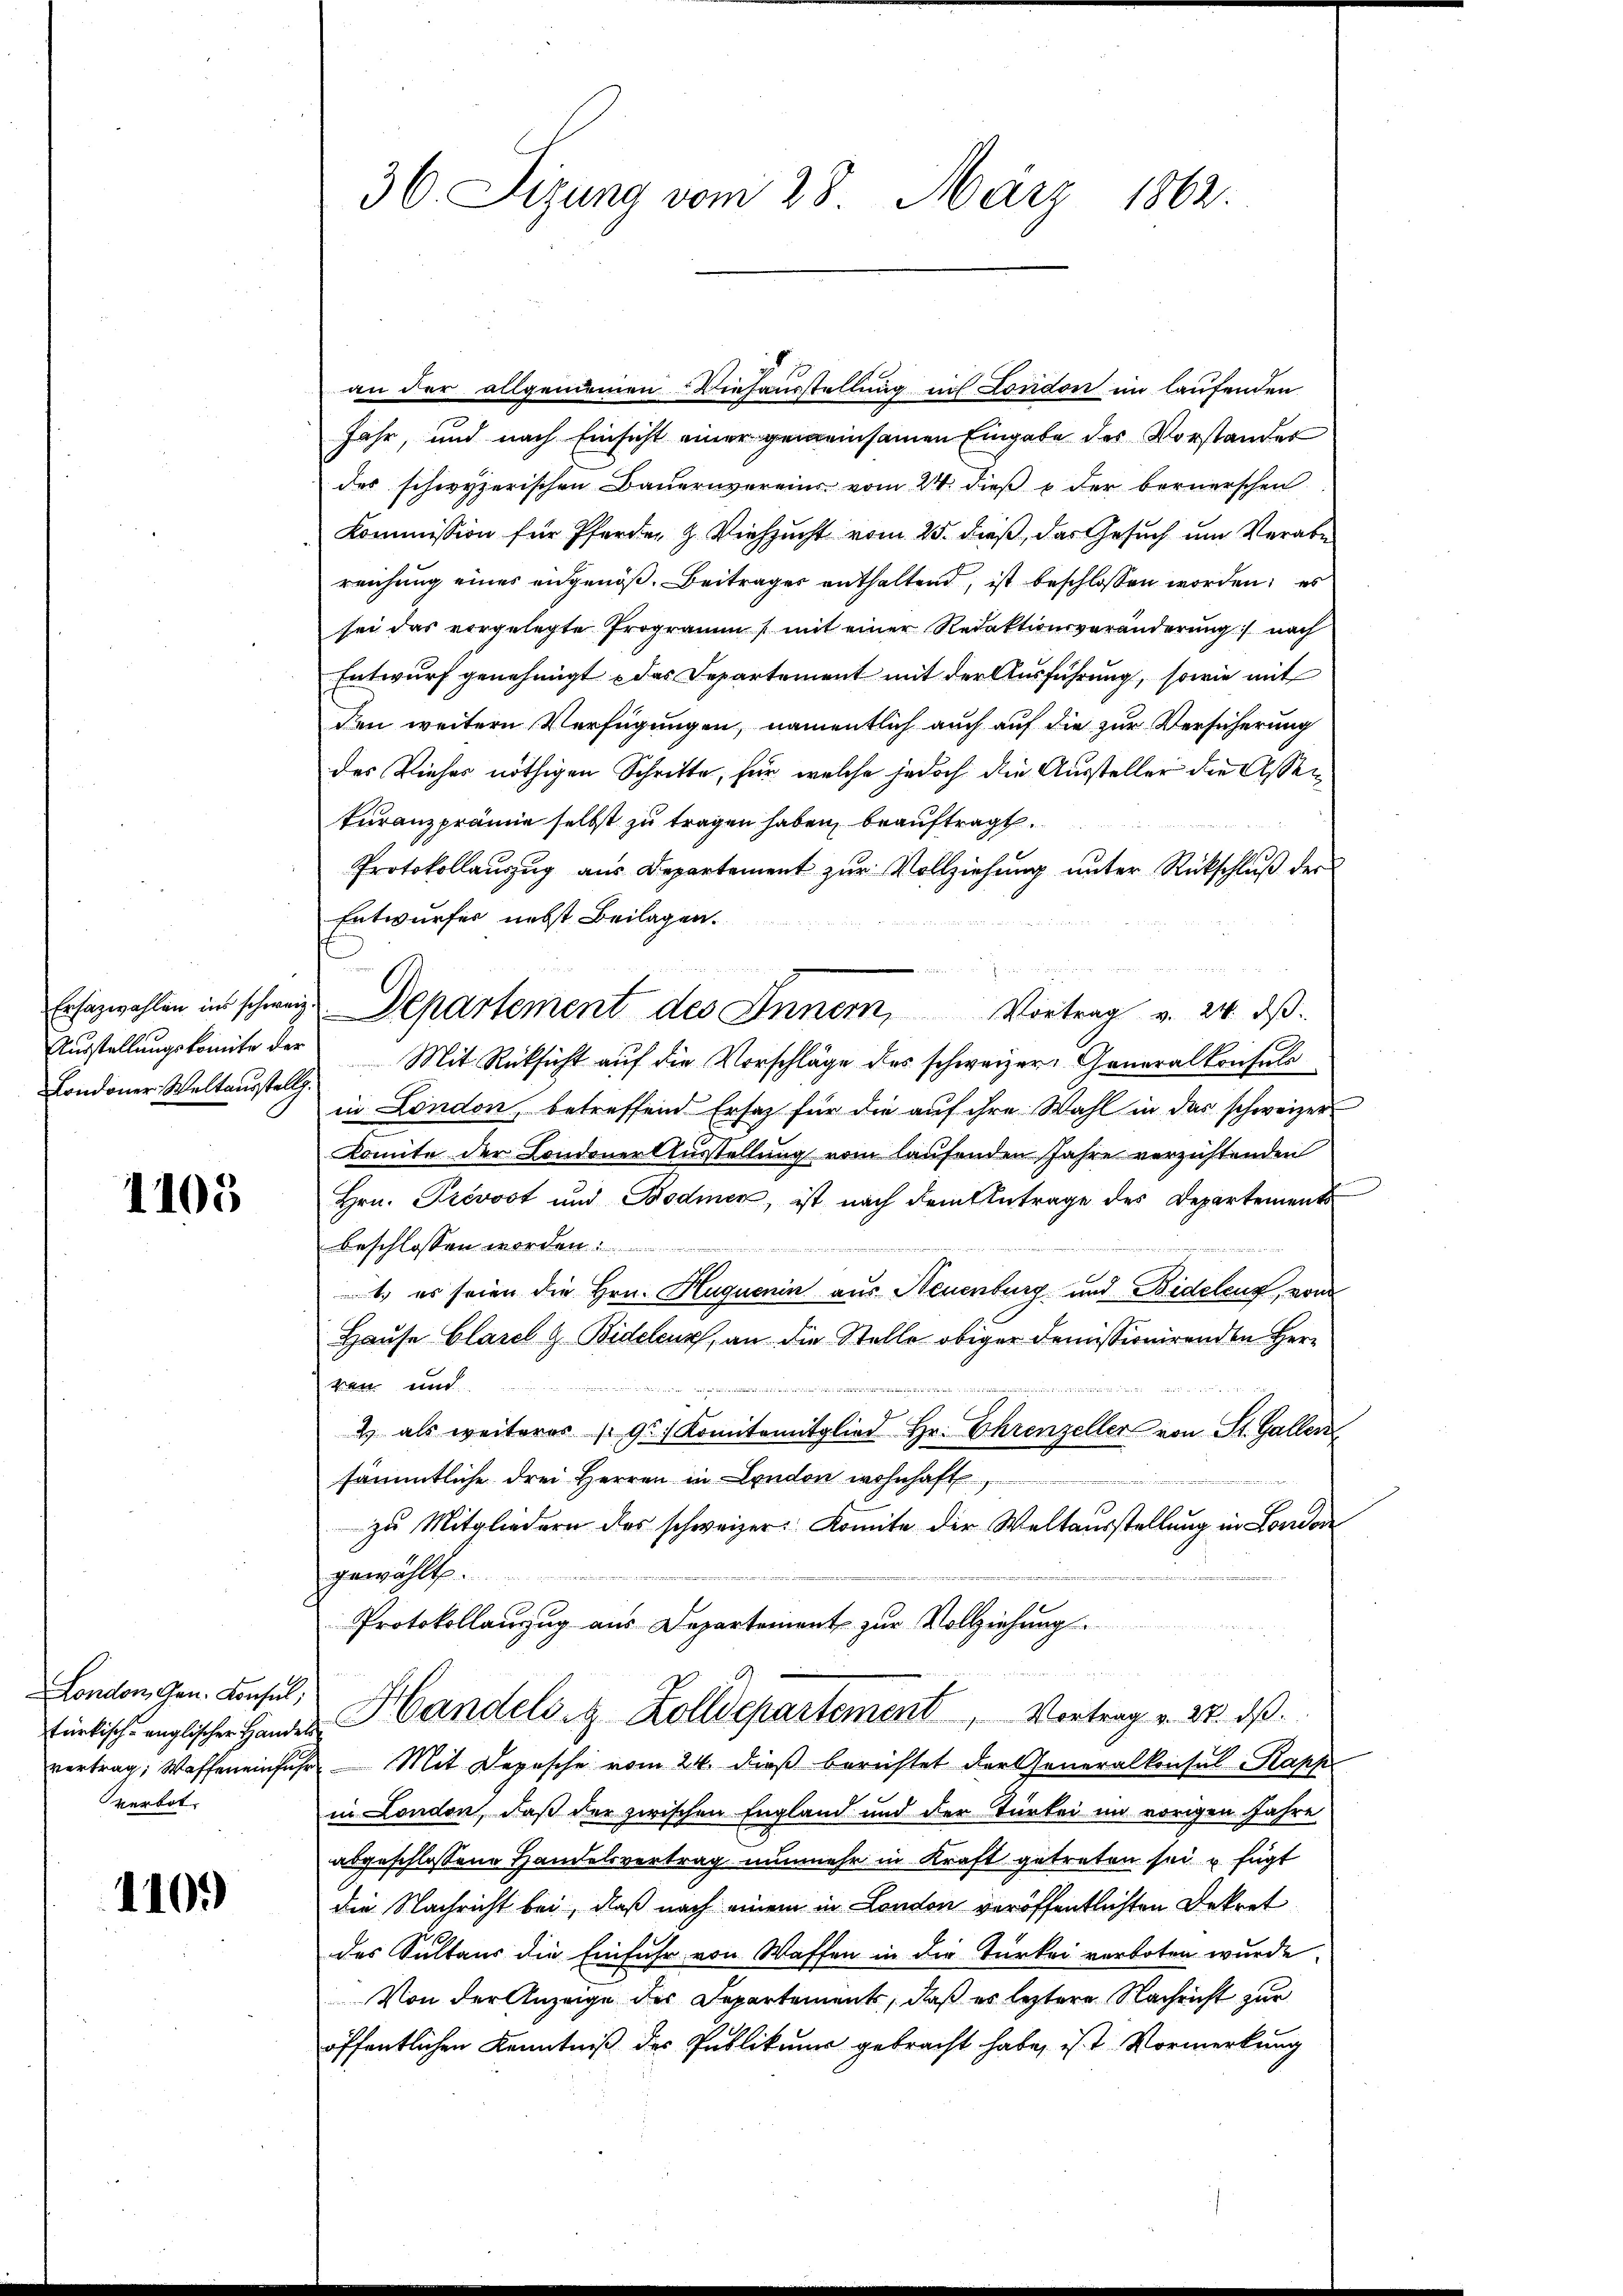
Londoner Weltausstellg.

1105.

London, Gen. Konsul,
türkisch-englischer Hander
vertrag; Waffen einfuhr
verbot.

1109

36 Sizung vom 28. März 1862.

an der allgemeinen Viehausstellung in London im laufenden
Jahr, und nach Einsicht einer gemeinsamen Eingabe des Vorstandes
des schwyzerischen Baŭernverein vom 24. dieβ u der bernerschen
Kommission für Pferden & Viehzucht vom 25. dieß, das Gesuch um Verabe
reichung eines eidgenöß. Beitrages enthaltend, ist beschlossen worden; es
sei das vorgelegte Programm (mit einer Redaktionsveränderung nach
Entwurf genehmigt das Departement mit der Ausführung, sowie mit
den weitern Verfügungen, namentlich auch auf die zur Versicherung
des Vieher nöthigen Schritte, für welche jedoch die Aussteller die Assenfuranzprämie selbst zu tragen haben, beauftragt.
Protokollauszug aus Departement zur Vollziehung unter Rückschluß der
Entwurfes nebst Beilagen.
e
.
Ersatzwahlen in schweiz. Departement des Innern, Vortrag v. 24. ds.
Aŭsstellŭngskomite der Mit Rücksicht auf die Vorschläge des schweizer. Generalkonsuls
in London, betreffend Ersatz für die auf ihre Wahl in das schweizer
Komite der Londoner Ausstellung vom laufenden Jahre verzichtenden
Hrn. Prevost und Bodmen, ist nach dem Antrage des Departements
beschlossen worden.
1. es seien die Hrn. Huquenin aus Neuenburg und Bidelenz, von
Hause Glasel & Bidelcur, an die Stelle obiger Demissionirenden Herr
ven und

2) als weiteres (9. Komitamitglied Hr. Ehrenzeller von St. Gallen
sämmtliche drei Herren in London wohnhaft,
zu Mitgliedern des schweizer: Komite der Weltausstellung in London
gewählt.
Protokollauzug aus Departement zur Vollziehung.
 Handelsig Zolldepartement, Vortrag v. 27. ds.
2 Mit Depesche vom 24. dieß berichtet der Generalkonsul Rapp
in London, daß der zwischen England und der Türkei im vorigen Jahre
abgeschlossene Handelsvertrag nunmehr in Kraft getreten sei u. fügt
die Nachricht bei, daß nach einem in London veröffentlichten Dekret
des Sultaus die Einfuhr von Waffen in die Türkei verboten wurde.
Von der Anzeige des Departements, daß es leztere Nachricht zur
öffentlichen Kenntniß des Publikums gebracht habe, ist Vormerkung